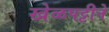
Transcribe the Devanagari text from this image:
खेळपट्टीने